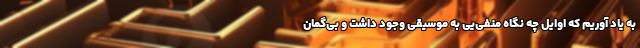
به یاد آوریم که اوایل چه نگاه منفی‌یی به موسیقی وجود داشت و بی‌گمان